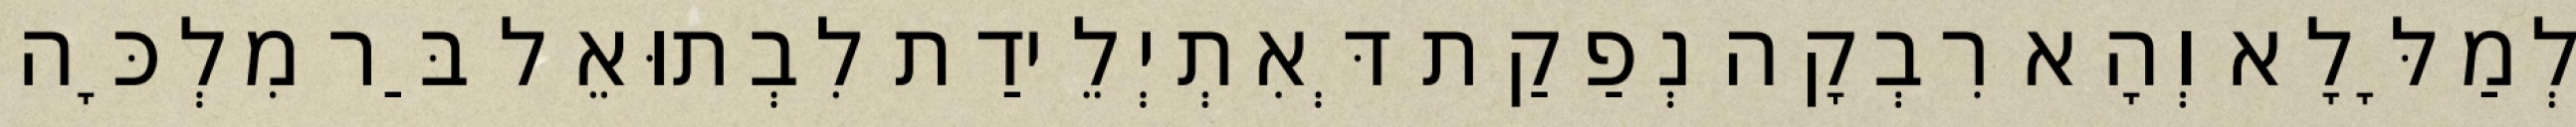
לְמַלָּלָא וְהָא רִבְקָה נְפַקַת דְּאִתְיְלֵידַת לִבְתוּאֵל בַּר מִלְכָּה